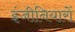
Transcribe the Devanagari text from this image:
इंजीनियारों